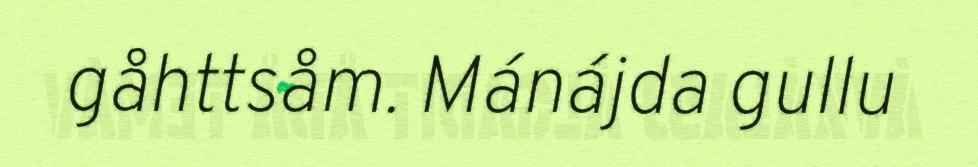
gåhttsåm. Mánájda gullu